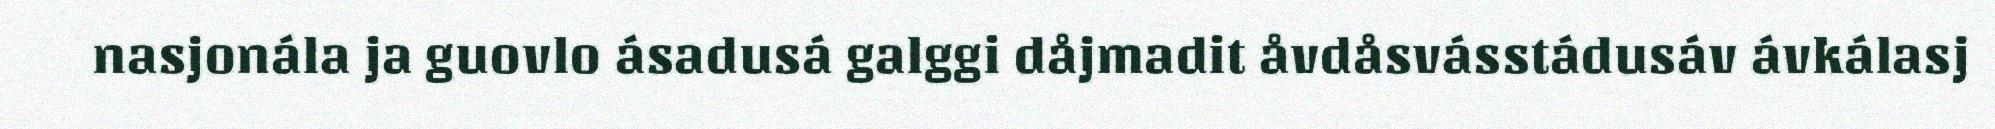
nasjonála ja guovlo ásadusá galggi dåjmadit åvdåsvásstádusáv ávkálasj